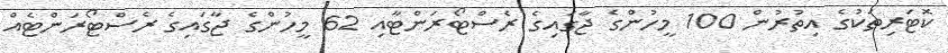
ކޮޓަރިތަކުގެ އިތުރުން 100 މީހުންގެ ޖާގައިގެ ރެސްޓޯރަންޓާއި 62 މީހުންގެ ޖާގައިގެ ރެސްޓޯރަންޓެއް